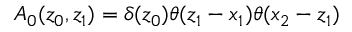
A _ { 0 } ( z _ { 0 } , z _ { 1 } ) = \delta ( z _ { 0 } ) \theta ( z _ { 1 } - x _ { 1 } ) \theta ( x _ { 2 } - z _ { 1 } )